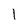
Character: I